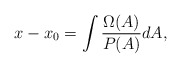
\begin{align*}x-x_0= \int \frac{\Omega(A)}{P(A)}dA,\end{align*}